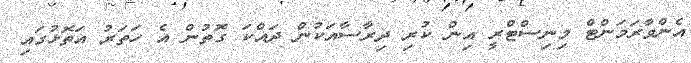
އެންވާރަމަންޓް މިިނިސްޓްރީ އިން ކުރި ދިރާސާއަކުން ދައްކަ ގޮތުން އެ ހަތަރު އަތޮޅުގައި